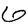
Digit: 6